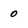
Character: 0